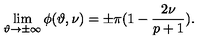
\lim _ { \vartheta \rightarrow \pm \infty } \phi ( \vartheta , \nu ) = \pm \pi ( 1 - \displaystyle \frac { 2 \nu } { p + 1 } ) .